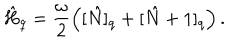
\hat { H } _ { q } = \frac { \omega } { 2 } \left( [ \hat { N } ] _ { q } + [ \hat { N } + 1 ] _ { q } \right) .